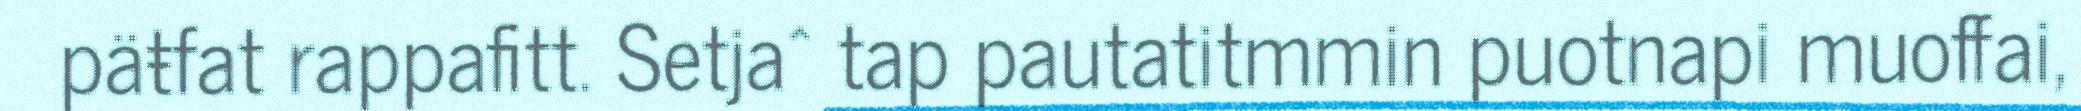
päŧfat rappafitt. Setja^ tap pautatitmmin puotnapi muoffai,